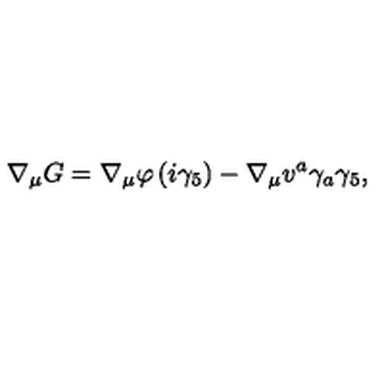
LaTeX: \nabla _ { \mu } G = \nabla _ { \mu } \varphi \left( i \gamma _ { 5 } \right) - \nabla _ { \mu } v ^ { a } \gamma _ { a } \gamma _ { 5 } ,